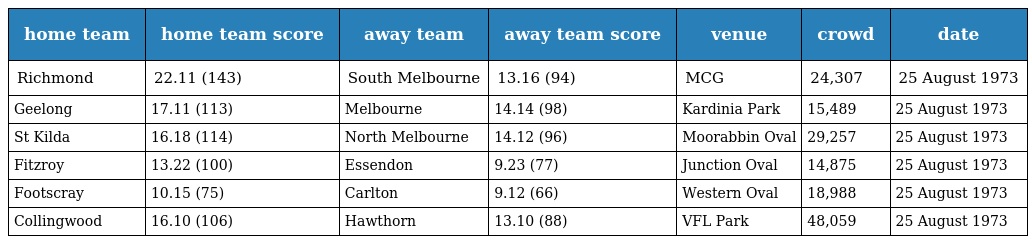
| home team | home team score | away team | away team score | venue | crowd | date |
 | --- | --- | --- | --- | --- | --- | --- |
 | Richmond | 22.11 (143) | South Melbourne | 13.16 (94) | MCG | 24,307 | 25 August 1973 |
 | Geelong | 17.11 (113) | Melbourne | 14.14 (98) | Kardinia Park | 15,489 | 25 August 1973 |
 | St Kilda | 16.18 (114) | North Melbourne | 14.12 (96) | Moorabbin Oval | 29,257 | 25 August 1973 |
 | Fitzroy | 13.22 (100) | Essendon | 9.23 (77) | Junction Oval | 14,875 | 25 August 1973 |
 | Footscray | 10.15 (75) | Carlton | 9.12 (66) | Western Oval | 18,988 | 25 August 1973 |
 | Collingwood | 16.10 (106) | Hawthorn | 13.10 (88) | VFL Park | 48,059 | 25 August 1973 |